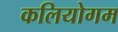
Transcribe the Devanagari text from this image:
कलियोगम